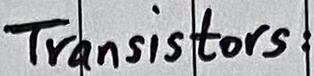
Text: Transistors: